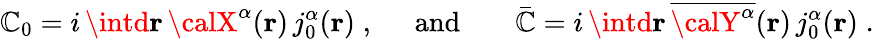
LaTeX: {\cal\mathbb{C}}_{0}=i\, \intd{\mathbf{{r}}}\, {\textstyle{\calX}^{\alpha}}({\mathbf{r}})\, j_{0}^{\alpha}({\mathbf{r}})\; ,\; \; \; \; \; \mathrm{{and}}\; \; \; \; \; \; \; {\bar{{\cal\mathbb{C}}}}=i\, \intd{\mathbf{{r}}}\, \overline{{{{{\calY}^{\alpha}}}}}({\mathbf{r}})\, j_{0}^{\alpha}({\mathbf{r}})\; .